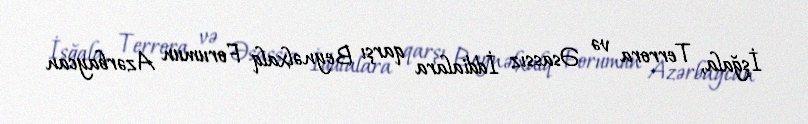
İşğala, Terrora və Əsassız İddialara qarşı Beynəlxalq Forumun Azərbaycan